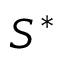
S ^ { \ast }